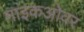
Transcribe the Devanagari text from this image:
माइकओवर